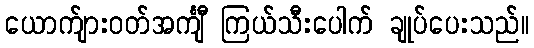
ယောက်ျားဝတ်အင်္ကျီ ကြယ်သီးပေါက် ချုပ်ပေးသည်။